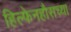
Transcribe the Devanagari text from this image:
हिल्फेनहौसच्या